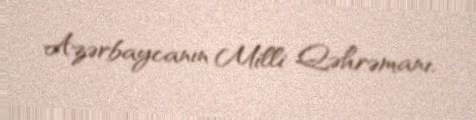
Azərbaycanın Milli Qəhrəmanı.